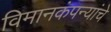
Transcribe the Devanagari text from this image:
विमानकंपन्यांचे